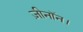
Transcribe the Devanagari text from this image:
ज़ीनॉन।